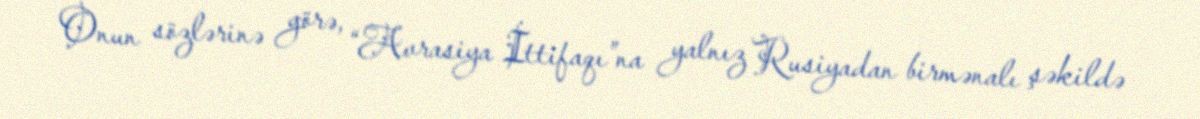
Onun sözlərinə görə, “Avrasiya İttifaqı”na yalnız Rusiyadan birmənalı şəkildə